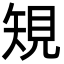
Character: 䂓